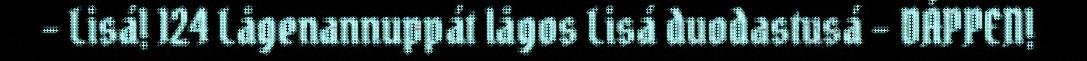
– Lisá! 124 Lågenannuppát lågos Lisá duodastusá – DÁPPEN!